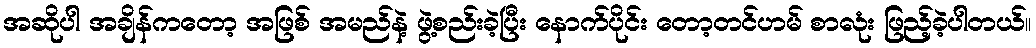
အဆိုပါ အချိန်ကတော့ အဖြစ် အမည်နဲ့ ဖွဲ့စည်းခဲ့ပြီး နောက်ပိုင်း တော့တင်ဟမ် စာလုံး ဖြည့်ခဲ့ပါတယ်။